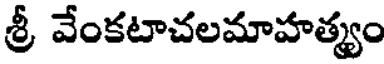
శ్రీ వేంకటాచలమాహత్యం